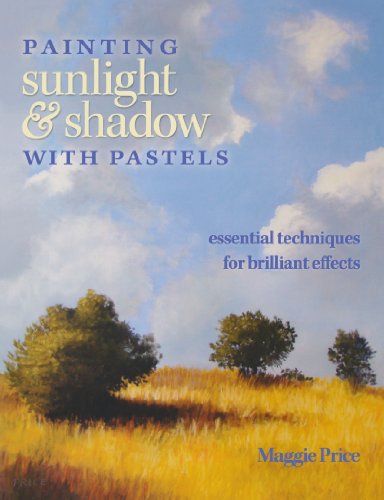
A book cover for Painting Sunlight and Shadow with Pastels: Essential Techniques for Brilliant Effects; Maggie Price; Arts & Photography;